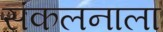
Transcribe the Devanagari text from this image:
संकलनाला